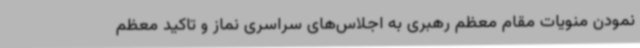
نمودن منویات مقام معظم رهبری به اجلاس‌های سراسری نماز و تاکید معظم